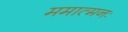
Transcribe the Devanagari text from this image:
ममात्मनः